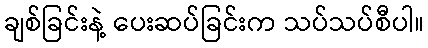
ချစ်ခြင်းနဲ့ ပေးဆပ်ခြင်းက သပ်သပ်စီပါ။